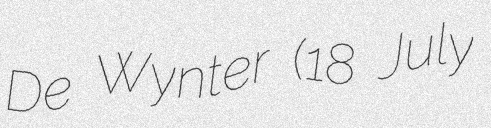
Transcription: De Wynter (18 July